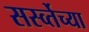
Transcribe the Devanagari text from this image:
सर्स्व्तेच्या